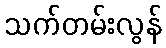
သက်တမ်းလွန်